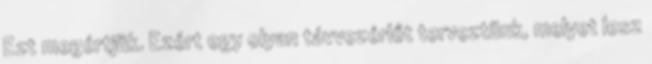
Ezt megértjük. Ezért egy olyan távvezérlőt terveztünk, melyet lesz